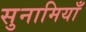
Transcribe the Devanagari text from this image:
सुनामियाँ